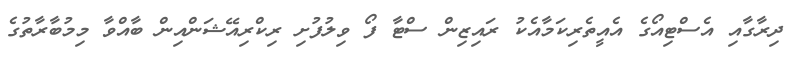
ދިރާގާއި އެސްޓިއޯގެ އެއީތެރިކަމާއެކު ރައިޒިން ސްޓާ ފޯ ވިލުފުށި ރިކްރިއޭޝަންއިން ބާއްވާ މިމުބާރާތުގެ